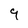
Character: 9